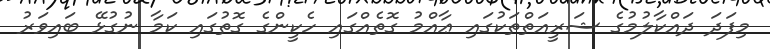
މިފަދަ ދައްކާލުމުގެ ޝަރީއަތްތަކުގައި ޢާއްމު ގޮތެއްގައި ހެކީންގެ ގޮތުގައި ކަމާ ނުގުޅޭ ބައިވަރު